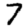
Digit: 7